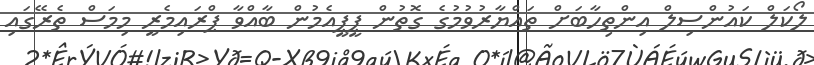
ލޯކަލް ކައުންސިލް އިންތިހާބަށް ތައްޔާރުވުމުގެ ގޮތުން ޕީޕީއެމުން ބާއްވާ ޕްރައިމެރީ މިމަސް ތެރޭގައި